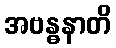
အဗန္ဓနာတိ